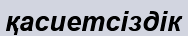
қасиетсіздік